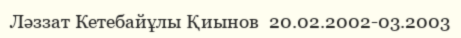
Ләззат Кетебайұлы Қиынов  20.02.2002-03.2003